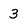
Character: 3